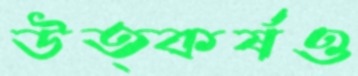
উত্কর্ষও